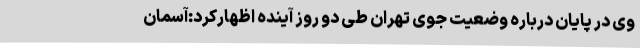
وی در پایان درباره وضعیت جوی تهران طی دو روز آینده اظهارکرد:آسمان